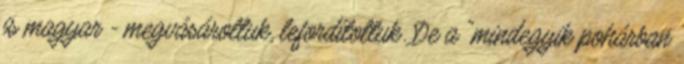
is magyar - megvásároltuk, lefordítottuk. De a "mindegyik pohárban